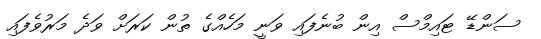
ސަންޑޭ ޓައިމްސް އިން ބުނެފައި ވަނީ މަހެއްގެ ތުން ކަރަށް ވަދެ މަރުވެފައި